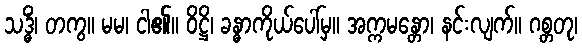
သဒ္ဓိံ၊ တကွ။ မမ၊ ငါ၏။ ဝိဋ္ဌိ၊ ခန္ဓာကိုယ်ပေါ်မှ။ အက္ကမန္တော၊ နင်းလျက်။ ဂစ္တတု၊